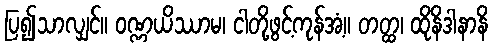
ပြ၍သာလျှင်။ ဝဏ္ဏယိဿာမ၊ ငါတို့ဖွင့်ကုန်အံ့။ တတ္ထ၊ ထိုနိဒါနာနိ